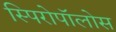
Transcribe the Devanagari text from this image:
स्पिरोपॉलोस